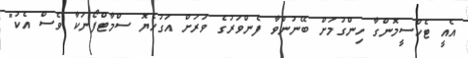
އެއީ ޓެކްސީމޮންގާ ހިންގުމަށް ބޭނުންވާ ފެންވަރުގެ ވަރަށް އަގުހެޔޮ ސްމާޓްފޯނަކާ ވެސް އެކު"